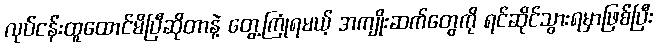
လုပ်ငန်းထူထောင်မိပြီဆိုတာနဲ့ တွေ့ကြုံရမယ့် အကျိုးဆက်တွေကို ရင်ဆိုင်သွားရမှာဖြစ်ပြီး